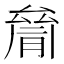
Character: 𠬐